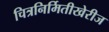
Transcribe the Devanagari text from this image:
चित्रनिर्मितीखेरीज